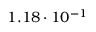
1 . 1 8 \cdot 1 0 ^ { - 1 }